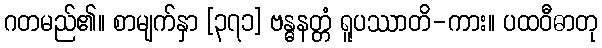
ဂတမည်၏။ စာမျက်နှာ [၃၇၁] ဗန္ဓနတ္တံ ရူပဿာတိ-ကား။ ပထဝီဓာတု